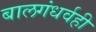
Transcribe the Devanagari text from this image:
बालगंधर्वही